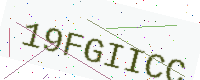
Text: 19FGIICC